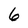
Character: 6